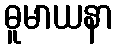
ဓူမာယနာ